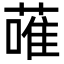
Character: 蓶